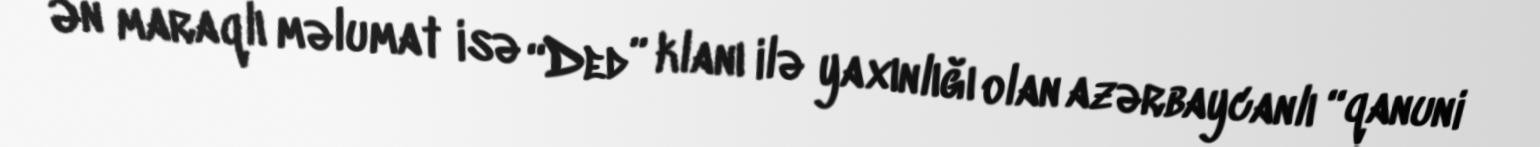
Ən maraqlı məlumat isə “Ded” klanı ilə yaxınlığı olan azərbaycanlı “qanuni